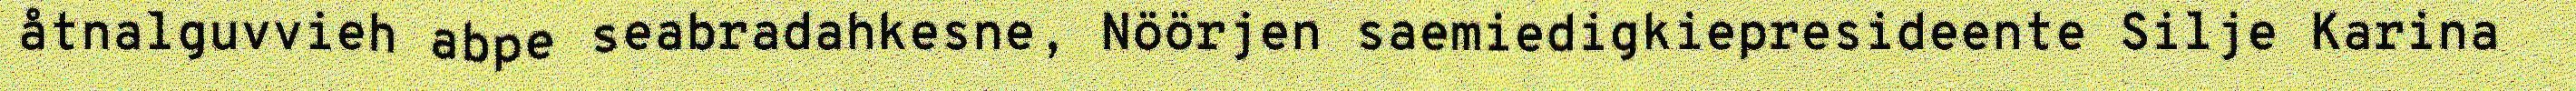
åtnalguvvieh abpe seabradahkesne, Nöörjen saemiedigkiepresideente Silje Karina